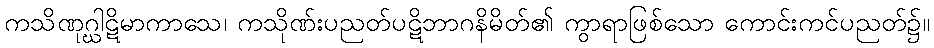
ကသိဏုဂ္ဃါဋိမာကာသေ၊ ကသိုဏ်းပညတ်ပဋိဘာဂနိမိတ်၏ ကွာရာဖြစ်သော ကောင်းကင်ပညတ်၌။